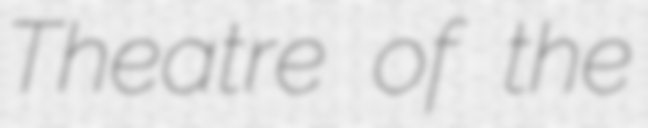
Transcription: Theatre of the